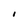
Character: I